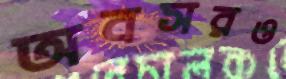
অবসরও